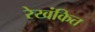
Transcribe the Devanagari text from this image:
रेखंकित